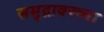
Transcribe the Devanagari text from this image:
समुद्रावरच्या